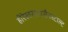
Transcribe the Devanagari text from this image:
हीरेस्वरसचसैनस्टाल्ट